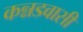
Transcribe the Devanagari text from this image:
कन्नडवासी